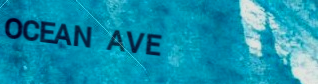
OCEAN AVE